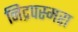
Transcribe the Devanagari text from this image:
निद्रपस्मरा